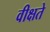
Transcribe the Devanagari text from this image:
वीक्षते